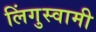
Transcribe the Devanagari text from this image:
लिंगुस्वामी